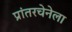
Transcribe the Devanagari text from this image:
प्रांतरचेनेला